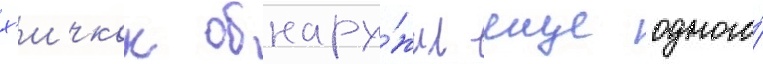
х'ичкок обнару́жил еще одного́